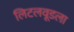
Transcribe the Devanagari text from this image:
लिटलवूडला